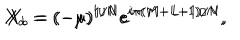
X _ { a } = ( - \mu ) ^ { 1 / N } e ^ { i \pi ( M + L + 1 ) / N } , \hspace { 3 m m } X _ { b } = ( - \mu ) ^ { 1 / N } e ^ { i \pi ( M - L - 1 ) / N } ,